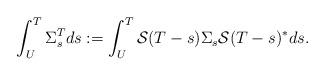
LaTeX: \begin{align*} \int_U^T\Sigma_s^Tds:=\int_U^T \mathcal S(T-s)\Sigma_s\mathcal S(T-s)^* ds.\end{align*}